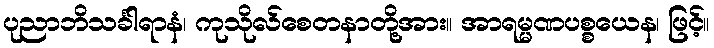
ပုညာဘိသင်္ခါရာနံ၊ ကုသိုလ်စေတနာတို့အား။ အာရမ္မဏပစ္စယေန၊ ဖြင့်။